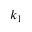
k _ { 1 }